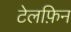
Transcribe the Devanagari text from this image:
टेलफ़िन